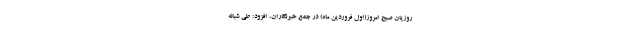
روزیان صبح امروز(اول فروردین ماه) در جمع خبرنگاران، افزود: طی شبانه